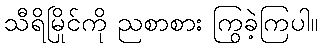
သီရိမြိုင်ကို ညစာစား ကြွခဲ့ကြပါ။